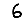
Digit: 6